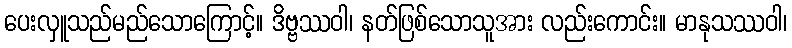
ပေးလှူသည်မည်သောကြောင့်။ ဒိဗ္ဗဿဝါ၊ နတ်ဖြစ်သောသူအား လည်းကောင်း။ မာနုသဿဝါ၊